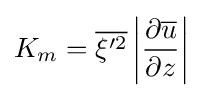
K_{m}={\overline {\xi '^{2}}}\left|{\frac {\partial {\overline {u}}}{\partial z}}\right|